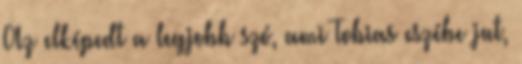
Az elképedt a legjobb szó, ami Tobias eszébe jut,